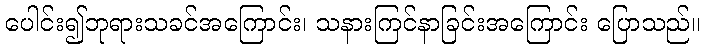
ပေါင်း၍ဘုရားသခင်အကြောင်း၊ သနားကြင်နာခြင်းအကြောင်း ပြောသည်။